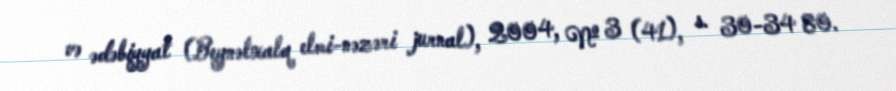
və ədəbiyyat (Beynəlxalq elmi-nəzəri jurnal), 2004, № 3 (41), s. 30-34 80.